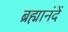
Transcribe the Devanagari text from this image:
ब्रह्मानंदें